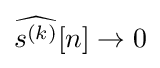
{\widehat {s^{(k)}}}[n]\to 0